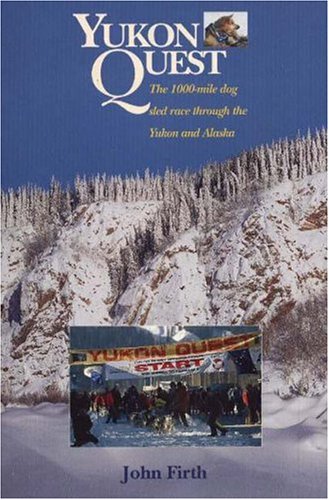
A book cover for Yukon Quest: The 1,000 Mike Dog Sled Race through the Yukon and Alaska; John Firth; Sports & Outdoors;